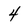
Character: 4